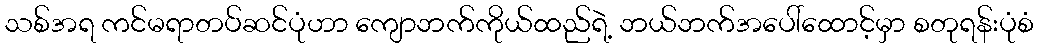
သစ်အရ ကင်မရာတပ်ဆင်ပုံဟာ ကျောဘက်ကိုယ်ထည်ရဲ့ ဘယ်ဘက်အပေါ်ထောင့်မှာ စတုရန်းပုံစံ